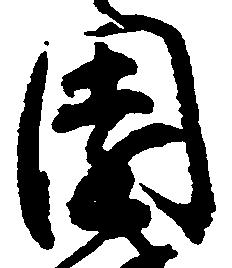
園